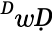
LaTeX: ^ḊwḌ